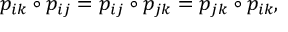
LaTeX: p _ { i k } \circ p _ { i j } = p _ { i j } \circ p _ { j k } = p _ { j k } \circ p _ { i k } ,